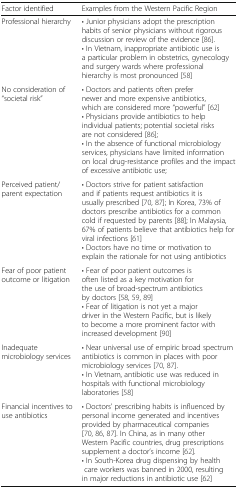
<table><thead><tr><td><b>Factor identified</b></td><td><b>Examples from the Western Pacific Region</b></td></tr></thead><tbody><tr><td>Professional hierarchy</td><td>• Junior physicians adopt the prescription habits of senior physicians without rigorous discussion or review of the evidence [86].• In Vietnam, inappropriate antibiotic use is a particular problem in obstetrics, gynecology and surgery wards where professional hierarchy is most pronounced [58]</td></tr><tr><td>No consideration of “societal risk”</td><td>• Doctors and patients often prefer newer and more expensive antibiotics, which are considered more “powerful” [62]• Physicians provide antibiotics to help individual patients; potential societal risks are not considered [86];• In the absence of functional microbiology services, physicians have limited information on local drug-resistance profiles and the impact of excessive antibiotic use;</td></tr><tr><td>Perceived patient/parent expectation</td><td>• Doctors strive for patient satisfaction and if patients request antibiotics it is usually prescribed [70, 87]; In Korea, 73% of doctors prescribe antibiotics for a common cold if requested by parents [88]; In Malaysia, 67% of patients believe that antibiotics help for viral infections [61]• Doctors have no time or motivation to explain the rationale for not using antibiotics</td></tr><tr><td>Fear of poor patient outcome or litigation</td><td>• Fear of poor patient outcomes is often listed as a key motivation for the use of broad-spectrum antibiotics by doctors [58, 59, 89]• Fear of litigation is not yet a major driver in the Western Pacific, but is likely to become a more prominent factor with increased development [90]</td></tr><tr><td>Inadequate microbiology services</td><td>• Near universal use of empiric broad spectrum antibiotics is common in places with poor microbiology services [70, 87].• In Vietnam, antibiotic use was reduced in hospitals with functional microbiology laboratories [58]</td></tr><tr><td>Financial incentives to use antibiotics</td><td>• Doctors’ prescribing habits is influenced by personal income generated and incentives provided by pharmaceutical companies [70, 86, 87]. In China, as in many other Western Pacific countries, drug prescriptions supplement a doctor’s income [62].• In South-Korea drug dispensing by health care workers was banned in 2000, resulting in major reductions in antibiotic use [62]</td></tr></tbody></table>